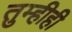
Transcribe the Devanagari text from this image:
तुम्हीही